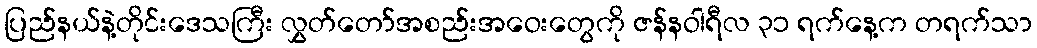
ပြည်နယ်နဲ့တိုင်းဒေသကြီး လွှတ်တော်အစည်းအဝေးတွေကို ဇန်နဝါရီလ ၃၁ ရက်နေ့က တရက်သာ